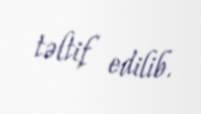
təltif edilib.